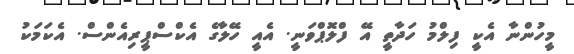
މީހުންނާ އެކީ ފިލްމު ހަދާތީ އޭ ފްލޮޕްވަނީ. އެއީ ހޭލާގެ އެކްސްޕީރިއެންސް. އެކަމަކު